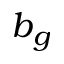
b _ { g }